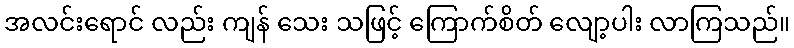
အလင်းရောင် လည်း ကျန် သေး သဖြင့် ကြောက်စိတ် လျော့ပါး လာကြသည်။